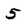
Character: 5